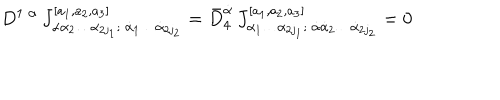
D ^ { 1 \; \alpha } \, J _ { \alpha \alpha _ { 2 } \ldots \alpha _ { 2 j _ { 1 } } ; \ \dot { \alpha } _ { 1 } \ldots \dot { \alpha } _ { 2 j _ { 2 } } } ^ { [ a _ { 1 } , a _ { 2 } , a _ { 3 } ] } = \bar { D } _ { 4 } ^ { \dot { \alpha } } \, J _ { \alpha _ { 1 } \ldots \alpha _ { 2 j _ { 1 } } ; \ \dot { \alpha } \dot { \alpha } _ { 2 } \ldots \dot { \alpha } _ { 2 j _ { 2 } } } ^ { [ a _ { 1 } , a _ { 2 } , a _ { 3 } ] } = 0